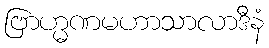
ဗြာဟ္မဏမဟာသာလာဒီနံ